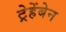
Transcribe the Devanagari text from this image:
ट्रेहेंबेन